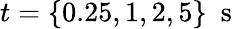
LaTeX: t=\{ 0.25,1,2,5\} \ \mathrm{~s~}